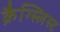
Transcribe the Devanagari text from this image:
क्रैग्स्लिस्ट